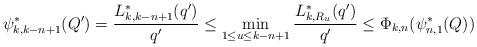
LaTeX: \begin{align*}\psi_{k,k-n+1}^{\ast}(Q^{\prime})=\frac{L_{k,k-n+1}^{\ast}(q^{\prime})}{q^{\prime}}\leq \min_{1\leq u\leq k-n+1} \frac{L_{k,R_{u}}^{\ast}(q^{\prime})}{q^{\prime} }\leq \Phi_{k,n}(\psi_{n,1}^{\ast}(Q))\end{align*}